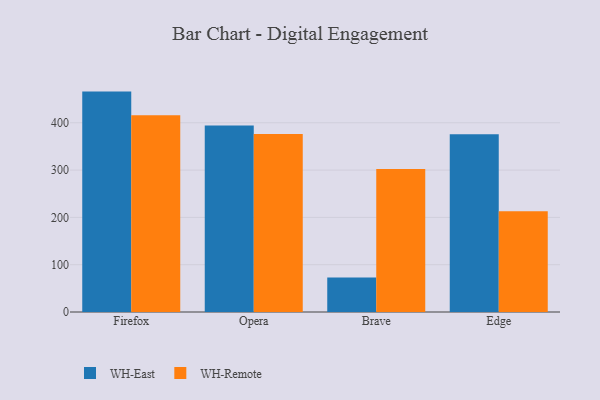
{"axis": {"x": "Browser", "y": "Budget (USD K)"}, "legend": ["WH-East", "WH-Remote"], "data": [{"x": "Firefox", "y": 465.9, "type": "WH-East"}, {"x": "Firefox", "y": 416.0, "type": "WH-Remote"}, {"x": "Opera", "y": 394.3, "type": "WH-East"}, {"x": "Opera", "y": 376.4, "type": "WH-Remote"}, {"x": "Brave", "y": 73.0, "type": "WH-East"}, {"x": "Brave", "y": 302.2, "type": "WH-Remote"}, {"x": "Edge", "y": 375.9, "type": "WH-East"}, {"x": "Edge", "y": 213.2, "type": "WH-Remote"}]}